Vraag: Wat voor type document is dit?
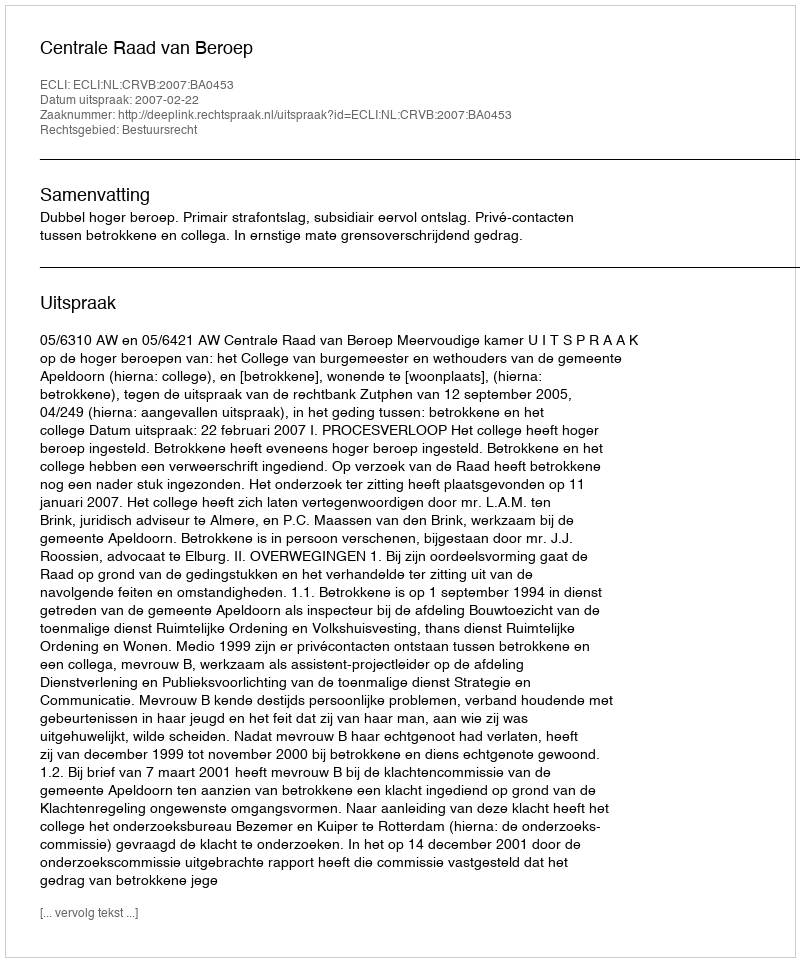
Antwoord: Uitspraak